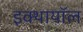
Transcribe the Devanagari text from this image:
इक्थायॉल